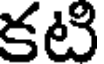
కటి